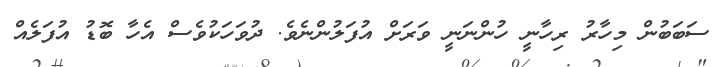
ސަބަބުން މިހާރު ރިހާނީ ހުންނަނީ ވަރަށް އުފަލުންނެވެ. ދުވަހަކުވެސް އެހާ ބޮޑު އުފަލެއް